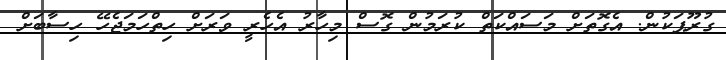
ގުރޫޕަކުން. އެގޮތަށް މަސައްކަތް ކުރަމުން ގޮސް މިހާރު އެހެރީ ވަރަށް ހިތްހަމަޖެހޭ ހިސާބަށް